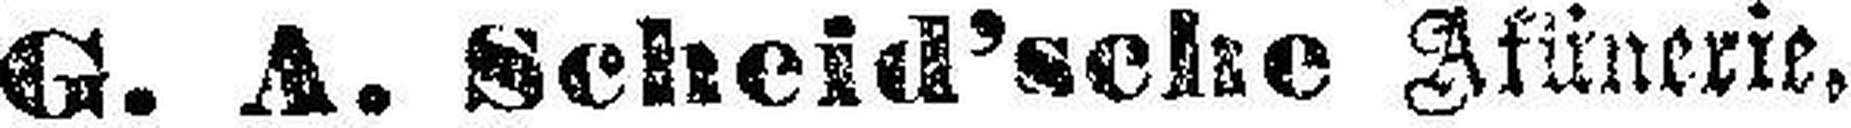
G. A. Scheid’sche Affinerie.